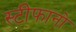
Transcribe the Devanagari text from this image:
स्टीफानो